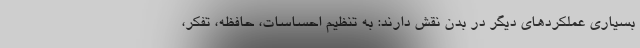
بسیاری عملکردهای دیگر در بدن نقش دارند: به تنظیم احساسات، حافظه، تفکر،